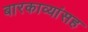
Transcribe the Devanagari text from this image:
बारकाव्यांसह